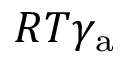
R T \gamma _ { \mathrm { a } }